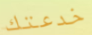
خدعتك